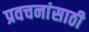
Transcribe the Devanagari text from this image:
प्रवचनांसाठी